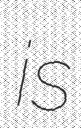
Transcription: is